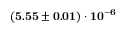
\mathbf { ( 5 . 5 5 \pm 0 . 0 1 ) \cdot 1 0 ^ { - 6 } }